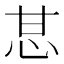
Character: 𰢧